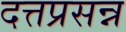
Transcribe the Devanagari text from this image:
दत्तप्रसन्न